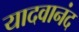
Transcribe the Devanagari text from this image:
यादवानंद